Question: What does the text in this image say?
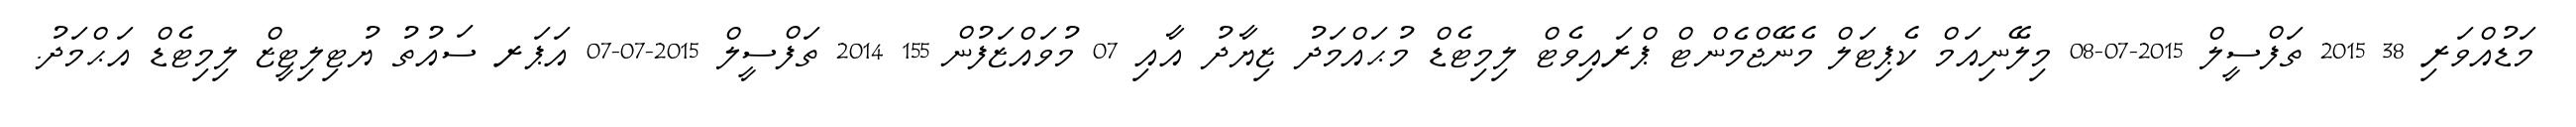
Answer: މަޑުއްވަރި 38 2015 ތަފްސީލް 2015-07-08 މިލޭނިއަމް ކެޕިޓަލް މެނޭޖްމެންޓް ޕްރައިވެޓް ލިމިޓެޑް މުޙައްމަދު ޒިޔާދު އާއި 07 މުވައްޒަފުން 155 2014 ތަފްސީލް 2015-07-07 އަޕަރ ސައުތު ޔުޓިލިޓީޒް ލިމިޓެޑް އަޙްމަދު.